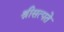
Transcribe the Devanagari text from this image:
श्रीसत्पते